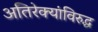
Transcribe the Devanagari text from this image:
अतिरेक्यांविरुद्ध